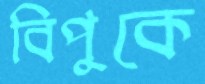
বিপুকে